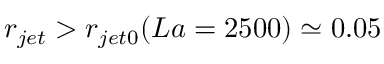
r _ { j e t } > r _ { j e t 0 } ( L a = 2 5 0 0 ) \simeq 0 . 0 5